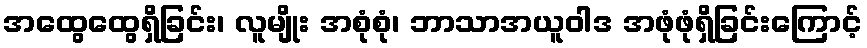
အထွေထွေရှိခြင်း၊ လူမျိုး အစုံစုံ၊ ဘာသာအယူဝါဒ အဖုံဖုံရှိခြင်းကြောင့်